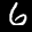
Label: 6